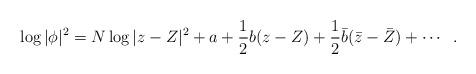
LaTeX: \begin{align*}\log |\phi |^{2}=N\log |z-Z|^{2} +a+\frac{1}{2}b(z-Z)+\frac{1}{2}{\bar{b}}({\bar{z}}-{\bar{Z}})+ \cdots \; \;.\end{align*}